system: You are a helpful assistant.
user:
Analyze the provided spectrum to determine if it is a **M-type Giant (gM)**.

A M-type Giant spectrum is defined by its **strong molecular absorption** features, particularly from **Titanium Oxide (TiO)**. You must check for one of the following mutually exclusive signatures:

- **Key Visual Indicators (Absorption-Dominated Spectrum):**

    - **(Primary):** The spectrum is dominated by strong molecular absorption from **Titanium Oxide (TiO)**. This is the **defining feature** of its M-type temperature class.
        - **(Key Bandheads):** Look for sharp, "saw-tooth" absorption valleys. The strongest are located near **~7050 Å**, **~6160 Å**, and **~5170 Å**.
        - **(Line Profile):** The "saw-tooth" morphology is critical: a **sharp, steep drop on the BLUE (short-wavelength) side** of the bandhead, followed by a gradual recovery (rising flux) towards the RED (long-wavelength) side.

    - **(Key Confirmation - Giant vs. Dwarf):** **ABSENCE** of strong **Calcium Hydride (CaH)** molecular bands. This is the primary diagnostic for *excluding* M-dwarfs.
        - **(Key Region):** The spectrum should lack the strong, broad absorption band seen in dwarfs between **~6800 Å and ~7000 Å**.

    - **(Secondary Confirmation - Giant):** A very strong and broad **Neutral Calcium (Ca I)** atomic absorption line.
        - **(Key Line):** Located at **~4226 Å**. In a giant (gM), this line is significantly deeper and broader than the same line in an M-dwarf (dM) due to low surface gravity.

    - **(Overall Spectrum):**
        - The continuum is **extremely red-sloping** (i.e., flux is very low in the blue and rises dramatically towards the red).
        - The entire spectrum appears "chopped up" by the deep TiO bands.

Think first, call **spectral_visualization_tool** if needed to examine features in detail, then provide your final answer. Your response must adhere to the following strict rules:
1.  **Overall Structure:** Your response must follow the format `<think>...</think> <tool_call>...</tool_call> (if a tool is used) <answer>...</answer>`.
2.  **Tool Usage Constraint:** You may only make **one** tool call per turn.
3.  **Final Answer Format:** In the `<answer>` tag, your conclusion must be inside a `\boxed{}` command (e.g., `\boxed{YES}` or `\boxed{NO}`), followed by your justification.

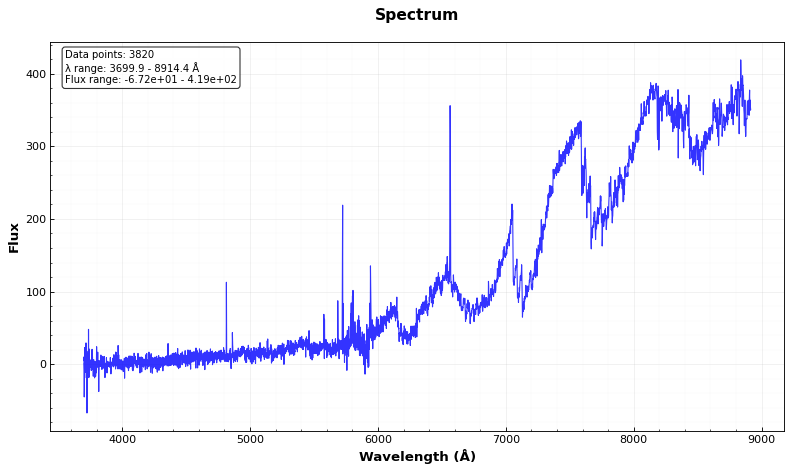
Answer: NO